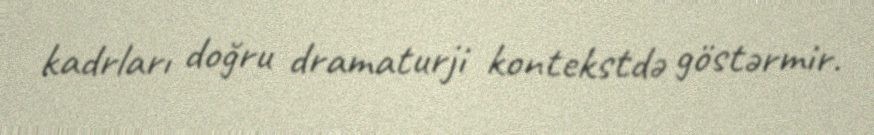
kadrları doğru dramaturji kontekstdə göstərmir.